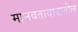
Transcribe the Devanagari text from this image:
मानवतावादातील